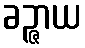
ခဉ္ဇာယ